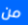
من